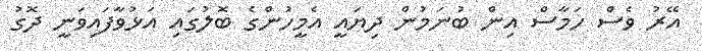
އޭރު ވެސް ހަމާސް އިން ބުނަމުން ދިޔައީ އެމީހުންގެ ބޮލުގައި އަޅުވާފައިވަނީ ދޮގު